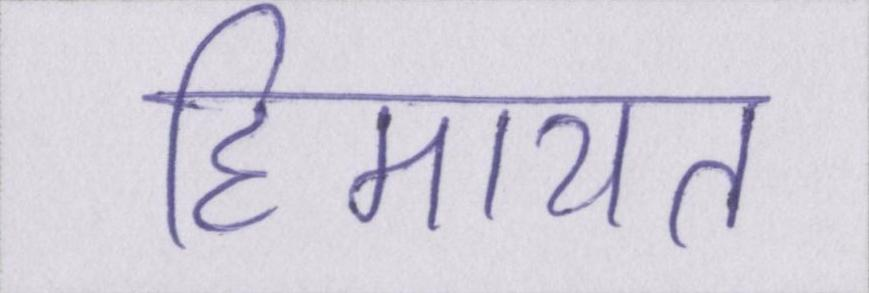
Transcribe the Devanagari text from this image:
हिमायत